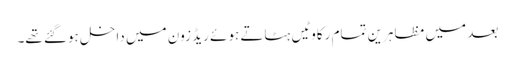
بعد میں مظاہرین تمام رکاوٹیں ہٹاتے ہوئے ریڈ زون میں داخل ہوگئے تھے۔